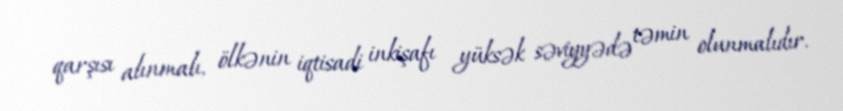
qarşısı alınmalı, ölkənin iqtisadi inkişafı yüksək səviyyədə təmin olunmalıdır.